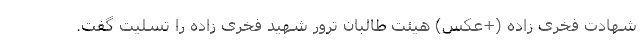
شهادت فخری زاده (+عکس) هيئت طالبان ترور شهيد فخرى زاده را تسليت گفت.